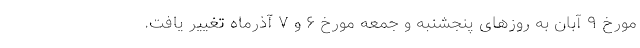
مورخ ۹ آبان به روزهای پنجشنبه و جمعه مورخ ۶ و ۷ آذرماه تغییر یافت.